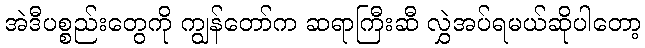
အဲဒီပစ္စည်းတွေကို ကျွန်တော်က ဆရာကြီးဆီ လွှဲအပ်ရမယ်ဆိုပါတော့